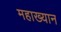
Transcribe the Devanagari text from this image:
महाख्यान